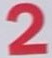
2